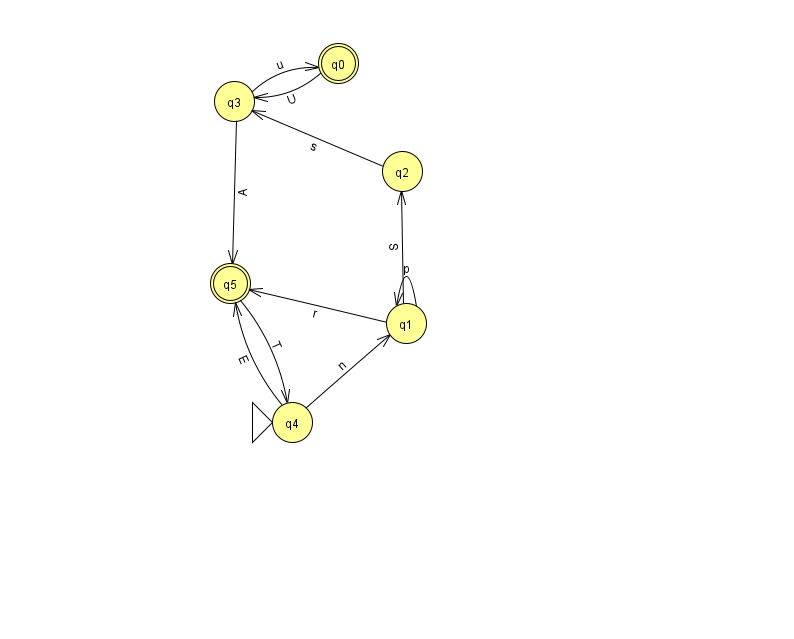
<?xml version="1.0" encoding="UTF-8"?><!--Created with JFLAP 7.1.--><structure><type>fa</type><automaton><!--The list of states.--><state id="0" name="q0"><x>338.0</x><y>50.0</y><final/></state><state id="1" name="q1"><x>406.0</x><y>310.0</y></state><state id="2" name="q2"><x>402.0</x><y>158.0</y></state><state id="3" name="q3"><x>234.0</x><y>88.0</y></state><state id="4" name="q4"><x>292.0</x><y>409.0</y><initial/></state><state id="5" name="q5"><x>230.0</x><y>270.0</y><final/></state><!--The list of transitions.--><transition><from>1</from><to>1</to><read>p</read></transition><transition><from>5</from><to>4</to><read>T</read></transition><transition><from>4</from><to>1</to><read>n</read></transition><transition><from>4</from><to>5</to><read>E</read></transition><transition><from>1</from><to>5</to><read>r</read></transition><transition><from>0</from><to>3</to><read>U</read></transition><transition><from>3</from><to>0</to><read>u</read></transition><transition><from>1</from><to>2</to><read>S</read></transition><transition><from>2</from><to>3</to><read>s</read></transition><transition><from>3</from><to>5</to><read>A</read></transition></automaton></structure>